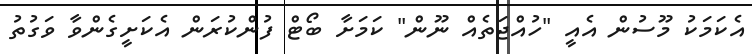
އެކަމަކު މޫސުން އެއީ "ހުއްޖަތެއް ނޫން" ކަމަށާ ބޯޓް ފުންކުރަން އެކަށީގެންވާ ވަގުތު